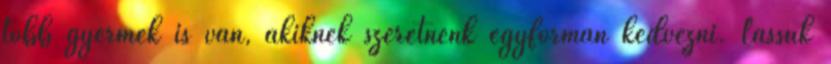
több gyermek is van, akiknek szeretnénk egyformán kedvezni. Lássuk